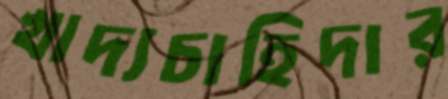
খাদ্যচাহিদার